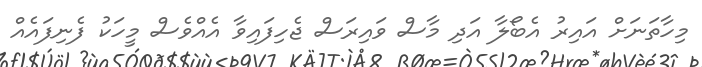
މިހާތަނަށް އައިރު އެބޯލާ އަދި މާސް ވައިރަސް ޖެހިފައިވާ އެއްވެސް މީހަކު ފެނިފައެއް